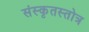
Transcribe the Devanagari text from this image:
संस्कृतस्तोत्र